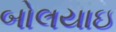
બોલયાઇ